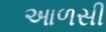
આળસી